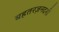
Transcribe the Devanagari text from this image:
बहतरज़नदगी